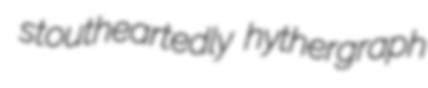
stoutheartedly hythergraph